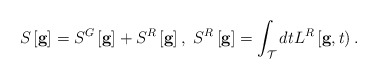
\begin{align*}{}S \left[ {\bf g} \right] = S^G \left[ {\bf g} \right] +S^R \left[ {\bf g} \right] ,\ S^R \left[ {\bf g} \right] = \int_{\cal T} dt L^R \left[ {\bf g}, t \right).\end{align*}